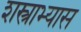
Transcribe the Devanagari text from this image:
शस्त्राभ्यास